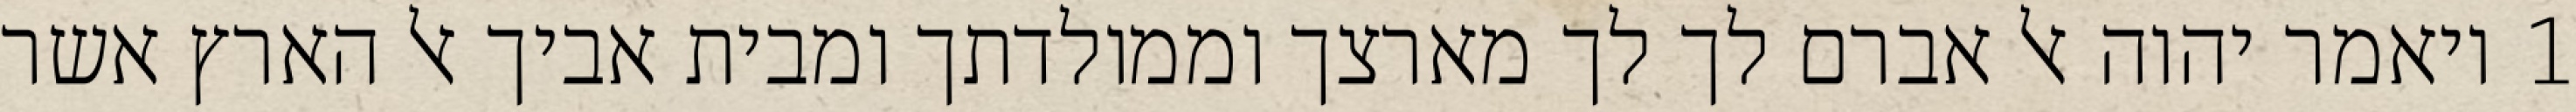
1 ויאמר יהוה אל אברם לך לך מארצך וממולדתך ומבית אביך אל הארץ אשר